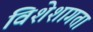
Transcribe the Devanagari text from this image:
विशेशागता